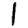
Digit: 1